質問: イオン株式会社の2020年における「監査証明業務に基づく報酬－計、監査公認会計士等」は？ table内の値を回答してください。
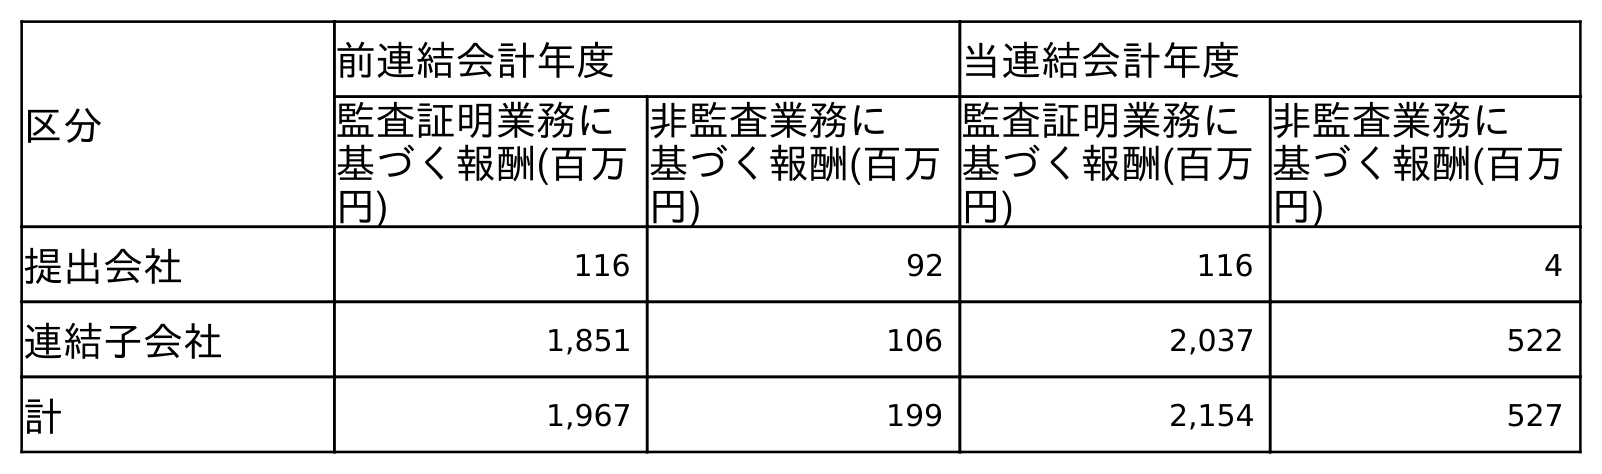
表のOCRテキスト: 区分 前連結会計年度 当連結会計年度 監査証明業務に 基づく報酬(百万 円) 非監査業務に 基づく報酬(百万 円) 監査証明業務に 基づく報酬(百万 円) 非監査業務に 基づく報酬(百万 円) 提出会社 116 92 116 4 連結子会社 1,851 106 2,037 522 計 1,967 199 2,154 527
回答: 2,154